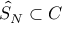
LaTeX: { \hat { S } } _ { N } \subset C